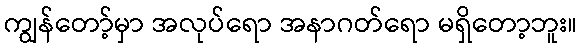
ကျွန်တော့်မှာ အလုပ်ရော အနာဂတ်ရော မရှိတော့ဘူး။